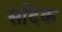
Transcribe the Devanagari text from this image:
सदिक